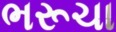
ભરૂચા